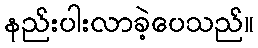
နည်းပါးလာခဲ့ပေသည်။